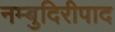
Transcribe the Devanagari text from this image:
नम्बुदिरीपाद